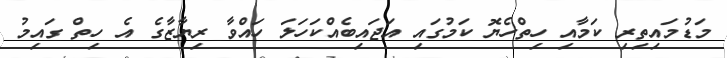
މަޑުމައިިތިރި ކަމާއި ހިތްހެޔޮ ކަމުގައި އަޖައިބެއްކަހަލަ ހައްވާ ރިޔާޒާގެ އެ ހިތް ގައިމު